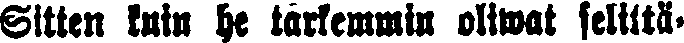
Sitten kuin he tarkemmin oliwat selittä-